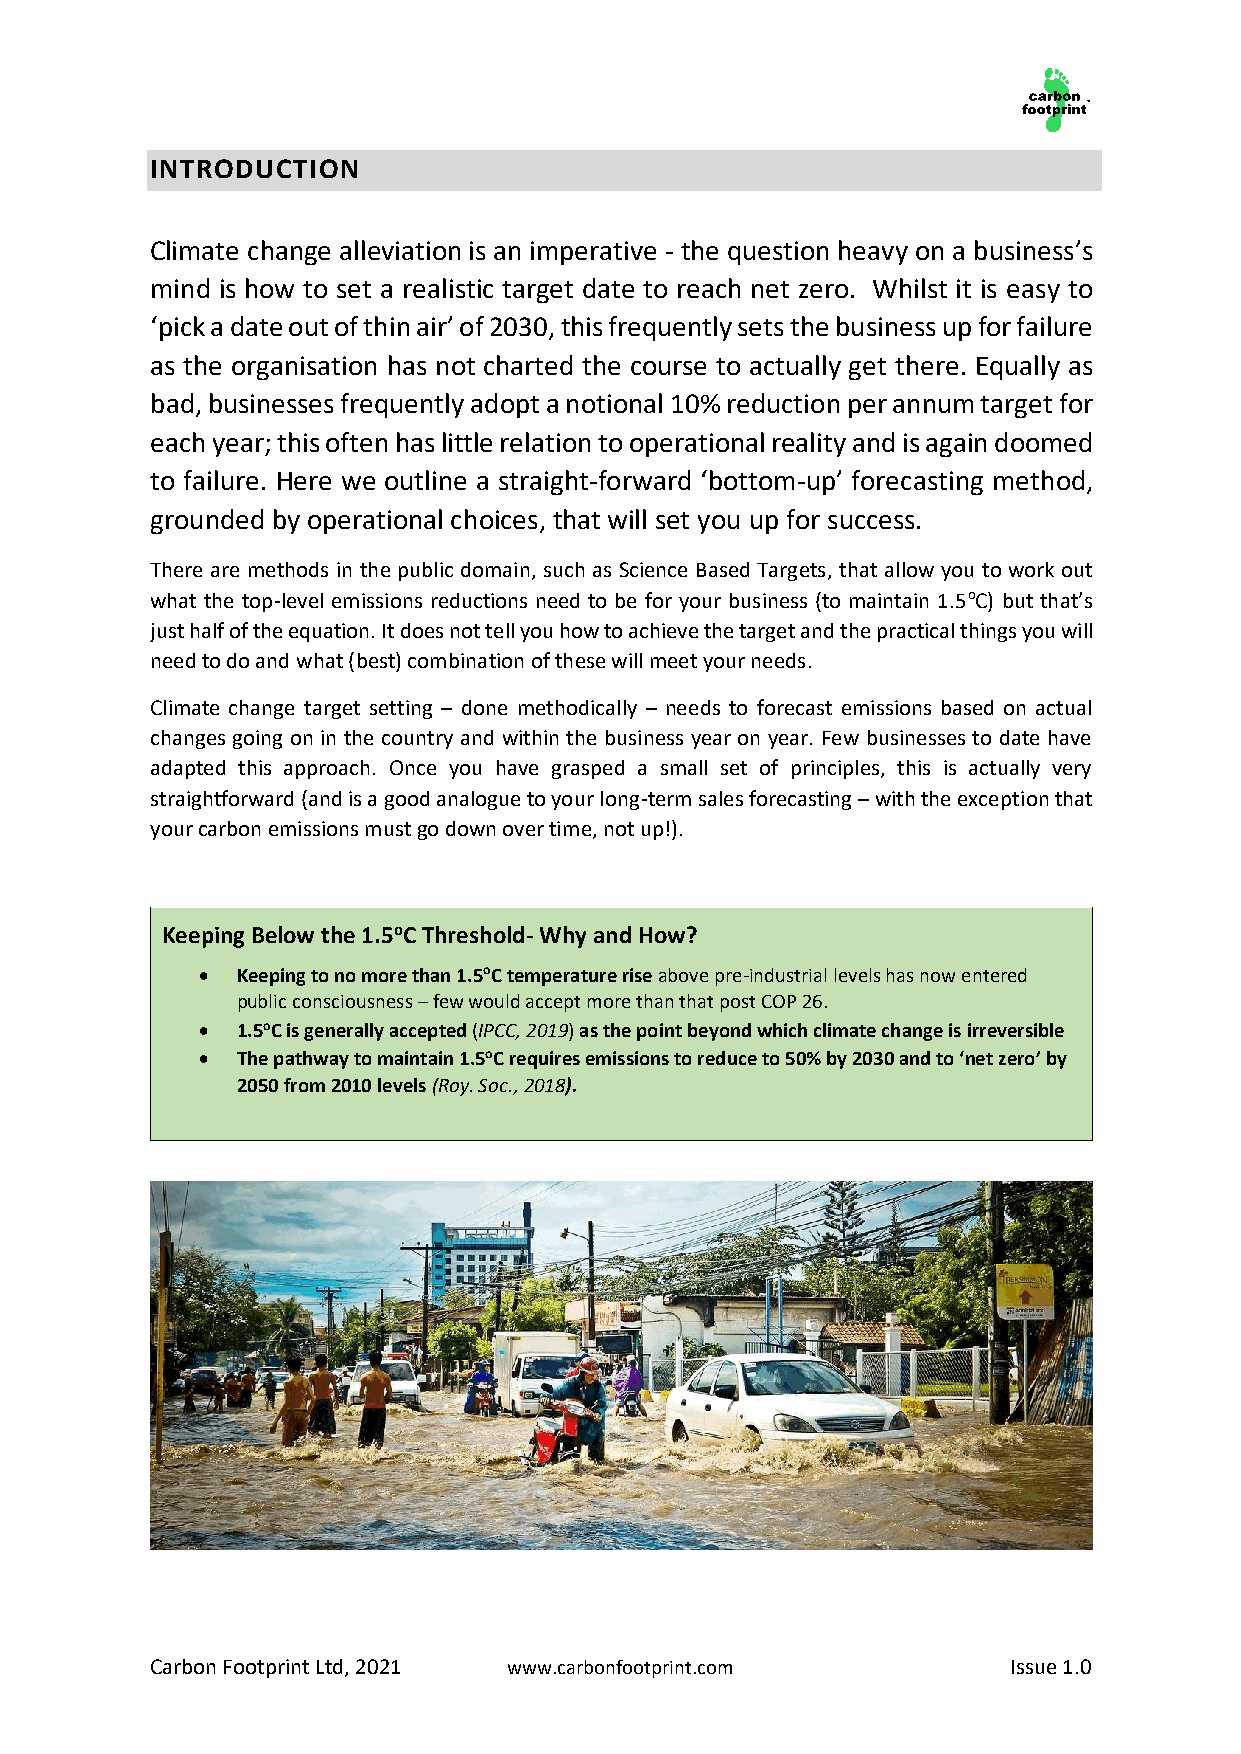
INTRODUCTION
 Climate change alleviation is an imperative - the question heavy on a business’s
 mind is how to set a realistic target date to reach net zero. Whilst it is easy to
 ‘pick a date out of thin air’ of 2030, this frequently sets the business up for failure
 as the organisation has not charted the course to actually get there. Equally as
 bad, businesses frequently adopt a notional 10% reduction per annum target for
 each year; this often has little relation to operational reality and is again doomed
 to failure. Here we outline a straight-forward ‘bottom-up’ forecasting method,
 grounded by operational choices, that will set you up for success.
 There are methods in the public domain, such as Science Based Targets, that allow you to work out
 what the top-level emissions reductions need to be for your business (to maintain 1.5oC) but that’s
 just half of the equation. It does not tell you how to achieve the target and the practical things you will
 need to do and what (best) combination of these will meet your needs.
 Climate change target setting – done methodically – needs to forecast emissions based on actual
 changes going on in the country and within the business year on year. Few businesses to date have
 adapted this approach. Once you have grasped a small set of principles, this is actually very
 straightforward (and is a good analogue to your long-term sales forecasting – with the exception that
 your carbon emissions must go down over time, not up!).
 Keeping Below the 1.5oC Threshold- Why and How?
 •  Keeping to no more than 1.5oC temperature rise above pre-industrial levels has now entered
 public consciousness – few would accept more than that post COP 26.
 •  1.5oC is generally accepted (IPCC, 2019) as the point beyond which climate change is irreversible
 •  The pathway to maintain 1.5oC requires emissions to reduce to 50% by 2030 and to ‘net zero’ by
 2050 from 2010 levels (Roy. Soc., 2018).
 Carbon Footprint Ltd, 2021 www.carbonfootprint.com       Issue 1.0